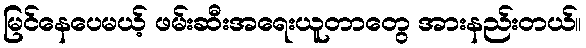
မြင်နေပေမယ့် ဖမ်းဆီးအရေးယူတာတွေ အားနည်းတယ်။